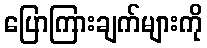
ပြောကြားချက်များကို